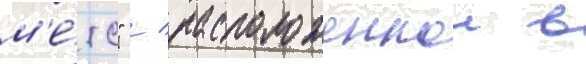
м'е́тс" / расположеннои в